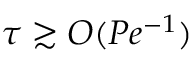
\tau \gtrsim O ( P e ^ { - 1 } )